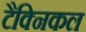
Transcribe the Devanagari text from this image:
टैक्निकल